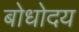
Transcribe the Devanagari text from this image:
बोधोदय